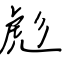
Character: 彪